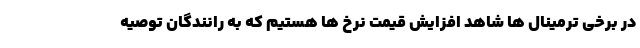
در برخی ترمینال ها شاهد افزایش قیمت نرخ ها هستیم که به رانندگان توصیه